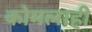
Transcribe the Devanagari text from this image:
कोमलाही